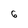
Character: 6